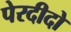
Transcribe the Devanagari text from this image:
पेरदीदो